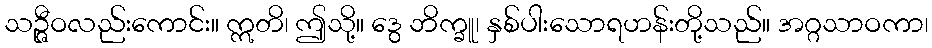
သဉ္ဇီဝလည်းကောင်း။ ဣတိ၊ ဤသို့။ ဒွေ ဘိက္ခူ၊ နှစ်ပါးသောရဟန်းတို့သည်။ အဂ္ဂသာဝကာ၊